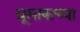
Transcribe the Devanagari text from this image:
ग्रूसाकच्या